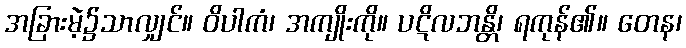
အခြားမဲ့၌သာလျှင်။ ဝိပါကံ၊ အကျိုးကို။ ပဋိလဘန္တိ၊ ရကုန်၏။ တေန၊